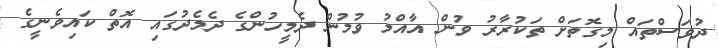
ދުވަސްތައް މިގޮތަށް ތަކުރާރު ވުން އާއްމު ވުމުން ދެމީހުންގެ ދެމެދުގައި އޮތް ކައިވެނީގެ